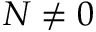
N \neq 0